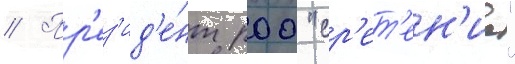
// Пр'ез'ид'е́нт роо "ср'ет'ен'ие"